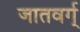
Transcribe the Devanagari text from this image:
जातवर्ग्